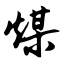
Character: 煤